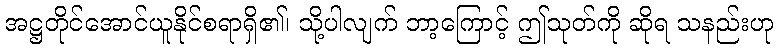
အဋ္ဌတိုင်အောင်ယူနိုင်စရာရှိ၏၊ သို့ပါလျက် ဘာ့ကြောင့် ဤသုတ်ကို ဆိုရ သနည်းဟု